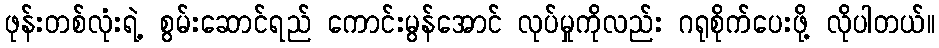
ဖုန်းတစ်လုံးရဲ့ စွမ်းဆောင်ရည် ကောင်းမွန်အောင် လုပ်မှုကိုလည်း ဂရုစိုက်ပေးဖို့ လိုပါတယ်။